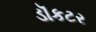
ડૉકટર